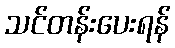
သင်တန်းပေးရန်